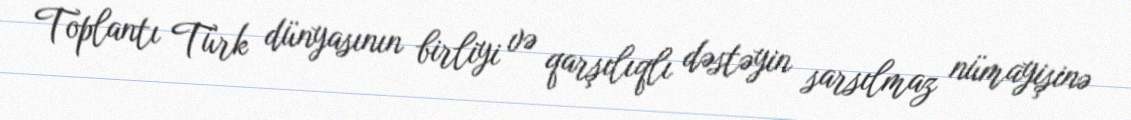
Toplantı Türk dünyasının birliyi və qarşılıqlı dəstəyin sarsılmaz nümayişinə